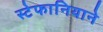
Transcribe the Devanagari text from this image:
स्टेफानियाने